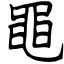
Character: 黽